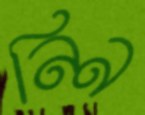
নিন